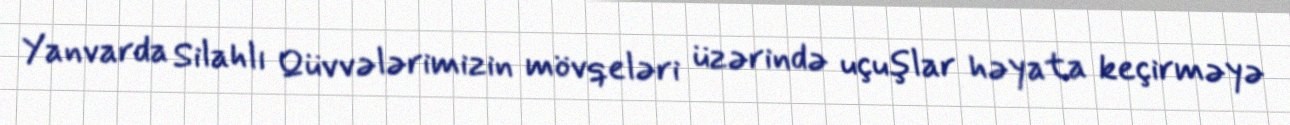
Yanvarda Silahlı Qüvvələrimizin mövqeləri üzərində uçuşlar həyata keçirməyə